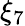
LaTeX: \xi_{7}